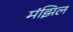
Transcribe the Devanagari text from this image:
मंझिल